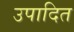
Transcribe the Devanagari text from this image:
उपादित